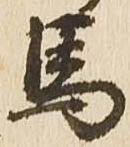
馬